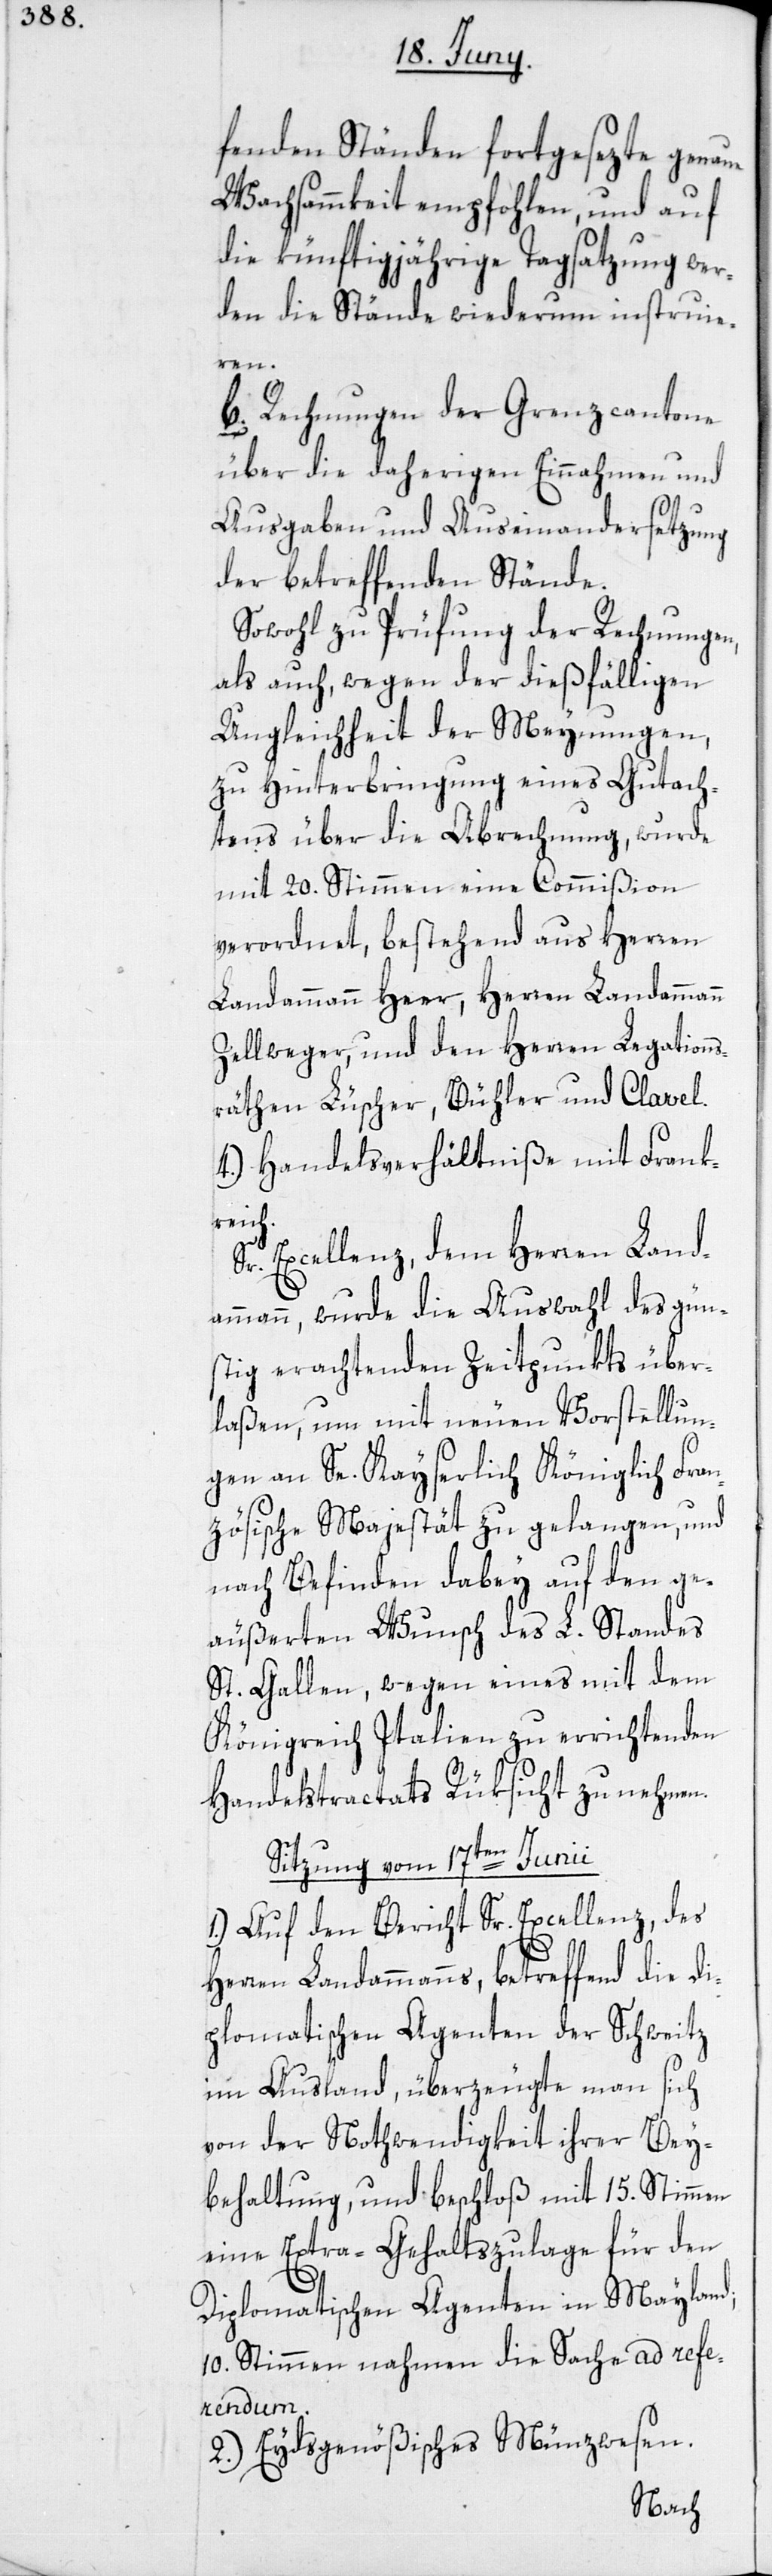
fenden Ständen fortgesezte genaue
Wachsammkeit empfohlen, und auf
die künftigjährige Tagsatzung wer¬
den die Stände wiederum instruie¬
ren.
b. Rechnungen der Grenzcantone
über die daherigen Einnahmen und
Ausgaaben und Auseinandersetzung
der betreffenden Stände.
Sowohl zu Prüfung der Rechnungen,
als auch, wegen der dießfälligen
Ungleichheit der Meynungen,
zu Hinterbringung eines Gutach¬
tens über die Abrechnung, wurde
mit 20. Stimmen eine Commißion
verordnet, bestehend aus Herren
Landammann Heer, Herren Landammann
Zellweger und den Herren Legations¬
räthen Lüscher, Bühler und Clavel.
4.) Handelsverhältniße mit Frank¬
reich.
Sr. Excellenz, dem Herren Land¬
ammann, wurde die Auswahl des güns¬
tig erachtenden Zeitpunkts über¬
laßen, um mit neuen Vorstellun¬
gen an Se. Kayserlich Königlich Fran¬
zösische Majestät zu gelangen, und
nach Befinden dabey auf den ge¬
äußerten Wunsch des L. Standes
St. Gallen, wegen eines mit dem
Königreich Italien zu errichtenden
Handelstractats Rüksicht zu nehmen.
Sitzung vom 17ten Junii.
1.) Auf den Bericht Sr. Excellenz, des
Herren Landammanns, betreffend die di¬
plomatischen Agenten der Schweitz
im Ausland, überzeugte man sich
von der Nothwendigkeit ihrer Bey¬
behaltung, und beschloß mit 15. Stimmen
eine Extra-Gehaltszulage für den
Diplomatischen Agenten in Mayland;
10. Stimmen nahmen die Sache ad refe¬
rendum.
2.) Eydsgenößisches Münzwesen.